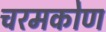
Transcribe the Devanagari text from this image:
चरमकोण